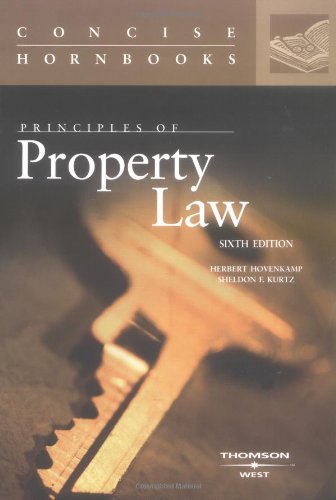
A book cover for Principles of Property Law (Concise Hornbook Series); Herbert Hovenkamp; Law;